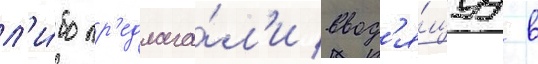
л'и́бо пр'едлага́л'и ввод'я́щуу в